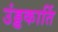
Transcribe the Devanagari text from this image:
उंड्डकार्ति